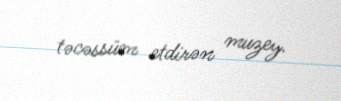
təcəssüm etdirən muzey.